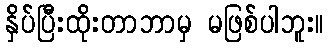
နှိပ်ပြီးထိုးတာဘာမှ မဖြစ်ပါဘူး။